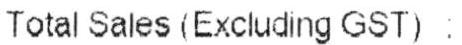
TOTAL SALES (EXCLUDING GST) :